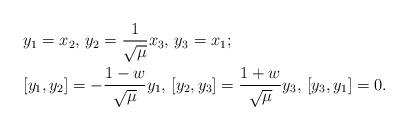
LaTeX: \begin{align*}&y_1=x_2, \, y_2=\frac{1}{\sqrt{\mu}}x_3, \, y_3=x_1;\\&[y_1,y_2]= -\frac{1-w}{\sqrt{\mu}}y_1, \,[y_2,y_3]= \frac{1+w}{\sqrt{\mu}}y_3, \,[y_3,y_1]= 0.\end{align*}